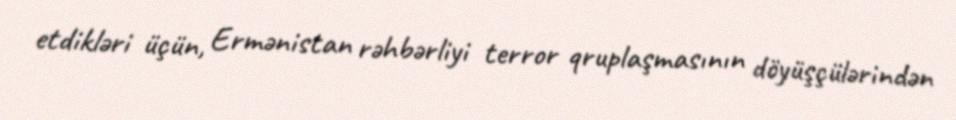
etdikləri üçün, Ermənistan rəhbərliyi terror qruplaşmasının döyüşçülərindən